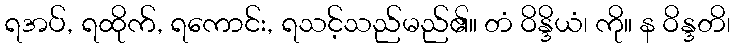
ရအပ်, ရထိုက်, ရကောင်း, ရသင့်သည်မည်၏။ တံ ဝိန္ဒိယံ၊ ကို။ န ဝိန္ဒတိ၊